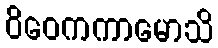
ဝိဝေကကာမောသိ